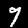
Label: 9